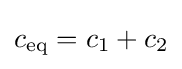
c_{\mathrm {eq} }=c_{1}+c_{2}